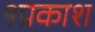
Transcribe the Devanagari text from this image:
१प्रकाश